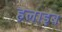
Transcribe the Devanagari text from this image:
हलाइब